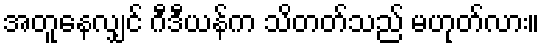
အတူနေလျှင် ဂီဒီယန်က သိတတ်သည် မဟုတ်လား။